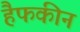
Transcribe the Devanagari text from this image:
हैफकीन